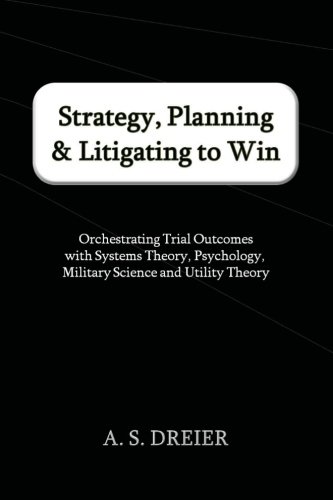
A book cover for Strategy, Planning & Litigating to Win: Orchestrating Trial Outcomes with Systems Theory, Psychology, Military Science and Utility Theory; A. S. Dreier; Law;